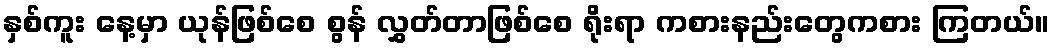
နှစ်ကူး နေ့မှာ ယုန်ဖြစ်စေ စွန် လွှတ်တာဖြစ်စေ ရိုးရာ ကစားနည်းတွေကစား ကြတယ်။